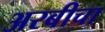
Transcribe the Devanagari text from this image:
अरबीचा